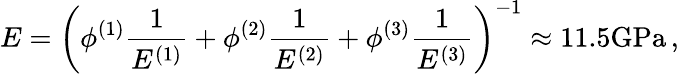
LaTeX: E=\left(\phi^{(1)}\frac{1}{E^{(1)}}+\phi^{(2)}\frac{1}{E^{(2)}}+\phi^{(3)}\frac{1}{E^{(3)}}\right)^{-1}\approx 11.5\mathrm{{GPa}}\, ,